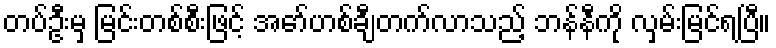
တပ်ဦးမှ မြင်းတစ်စီးဖြင့် အော်ဟစ်ချီတက်လာသည့် ဘန်နီကို လှမ်းမြင်ရပြီ။